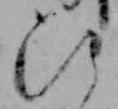
ひ